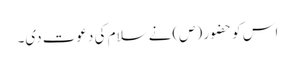
اس کو حضو ر (ص)نے سلام کی دعوت دی۔